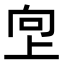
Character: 𫝙